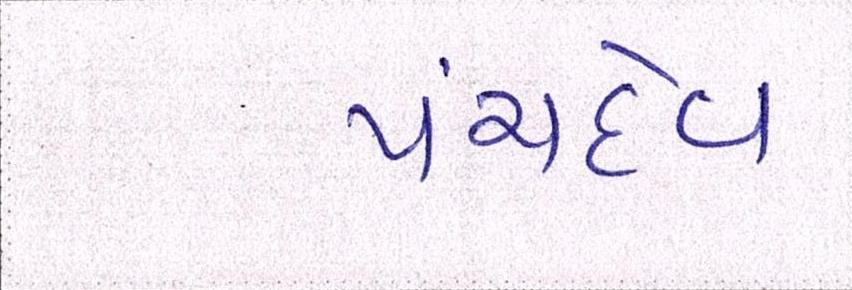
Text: પંચદેવ